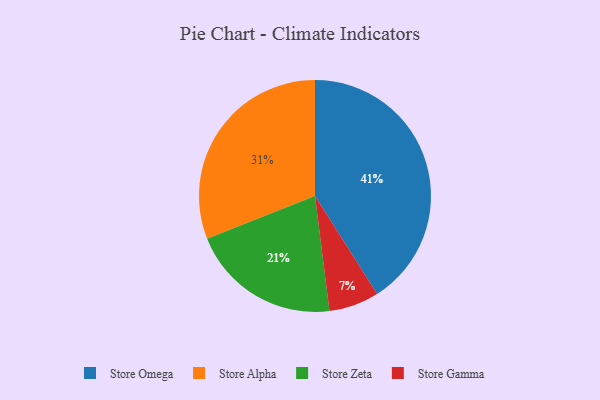
{"axis": {"x": "Category", "y": "Percentage"}, "legend": ["Store Alpha", "Store Gamma", "Store Omega", "Store Zeta"], "data": [{"x": "Store Gamma", "y": 7, "type": "Store Gamma"}, {"x": "Store Alpha", "y": 31, "type": "Store Alpha"}, {"x": "Store Omega", "y": 41, "type": "Store Omega"}, {"x": "Store Zeta", "y": 21, "type": "Store Zeta"}]}